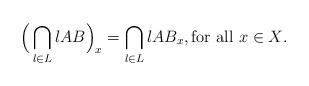
LaTeX: \begin{align*}\Big(\bigcap_{l \in L} l AB\Big)_x = \bigcap_{l \in L} l AB_x, \textrm{for all $x \in X$}.\end{align*}